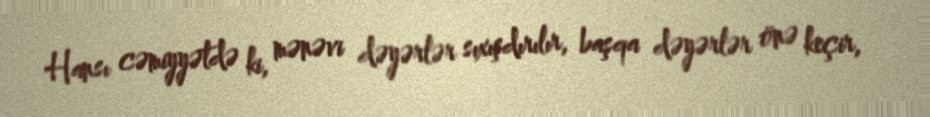
Hansı cəmiyyətdə ki, mənəvi dəyərlər sıxışdırılır, başqa dəyərlər önə keçir,